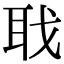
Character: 聀